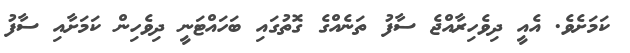
ކަމަށެވެ. އެއީ ދިވެހިރާއްޖެ ސާފު ތަނެއްގެ ގޮތުގައި ބަހައްޓަނީ ދިވެހިން ކަމަށާއި ސާފު